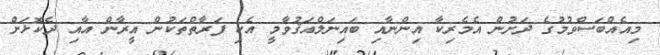
މިއެއްބަސްވުމުގެ ދަށުން އެމެރިކާ އިންނާއި ބައިނަލްއަޤުވާމީ އެކި ފަރާތްތަކުން އީރާން އާއި ދެކޮޅަށް